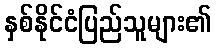
နှစ်နိုင်ငံပြည်သူများ၏